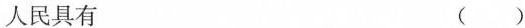
人民具有（ ）